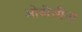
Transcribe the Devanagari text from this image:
ओबीसींना